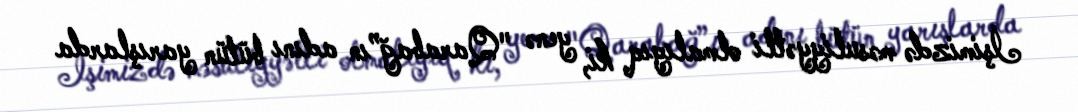
İşimizdə məsuliyyətli olmalıyıq ki, yenə "Qarabağ”ın adını bütün yarışlarda